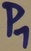
Text: P1